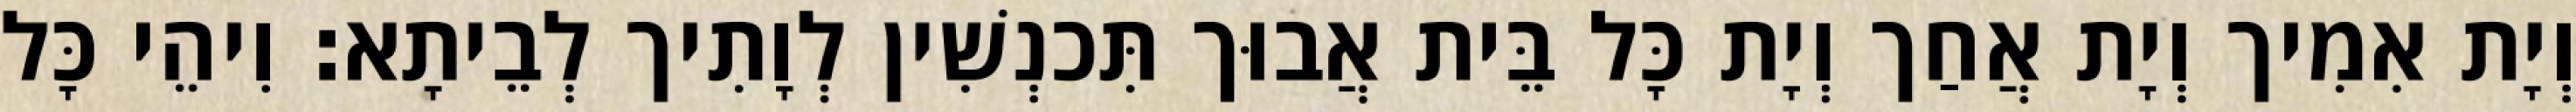
וְיָת אִמִיך וְיָת אֲחַך וְיָת כָּל בֵּית אֲבוּך תִּכנְשִׁין לְוָתִיך לְבֵיתָא׃ וִיהֵי כָּל